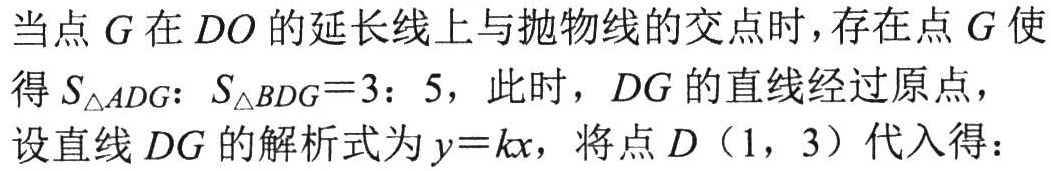
当点\(G\)在\(DO\)的延长线上与抛物线的交点时，存在点\(G\)使
得\(S_{\triangle ADG}:S_{\triangle BDG}=3:5\)，此时，\(DG\)的直线经过原点，
设直线\(DG\)的解析式为\(y = kx\)，将点\(D(1,3)\)代入得：